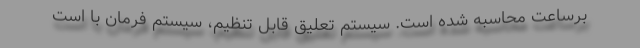
برساعت محاسبه شده است. سیستم تعلیق قابل تنظیم، سیستم فرمان با است